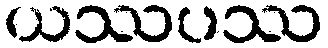
ယဿပဿ